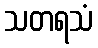
သတရသံ